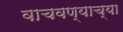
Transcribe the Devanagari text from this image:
वाचवण्याच्या